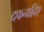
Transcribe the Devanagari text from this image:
दफनादिए